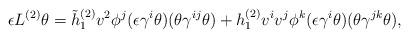
LaTeX: \begin{align*}\epsilon L^{(2)} \theta = \tilde{h}^{(2)}_1 v^2 \phi^j (\epsilon \gamma^i \theta ) (\theta \gamma^{ij} \theta ) + h^{(2)}_1 v^i v^j \phi^k (\epsilon \gamma^i \theta ) (\theta \gamma^{jk} \theta ) , \end{align*}